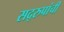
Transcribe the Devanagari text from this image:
सद्‌रुपांची